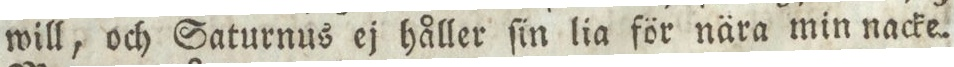
will, och Saturnus ej håller ſin lia för nära min nacke.